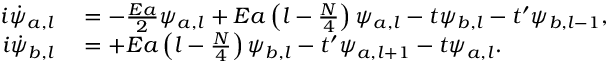
\begin{array} { r l } { i \dot { \psi } _ { a , l } } & { { } = - \frac { E a } { 2 } \psi _ { a , l } + E a \left( l - \frac { N } { 4 } \right) \psi _ { a , l } - t \psi _ { b , l } - t ^ { \prime } \psi _ { b , l - 1 } , } \\ { i \dot { \psi } _ { b , l } } & { { } = + E a \left( l - \frac { N } { 4 } \right) \psi _ { b , l } - t ^ { \prime } \psi _ { a , l + 1 } - t \psi _ { a , l } . } \end{array}